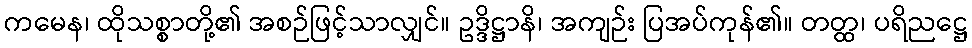
ကမေန၊ ထိုသစ္စာတို့၏ အစဉ်ဖြင့်သာလျှင်။ ဥဒ္ဒိဋ္ဌာနိ၊ အကျဉ်း ပြအပ်ကုန်၏။ တတ္ထ၊ ပရိညဋ္ဌေ